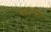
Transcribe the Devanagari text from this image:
बायोलिस्टिक्स